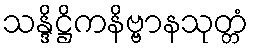
သန္ဒိဋ္ဌိကနိဗ္ဗာနသုတ္တံ